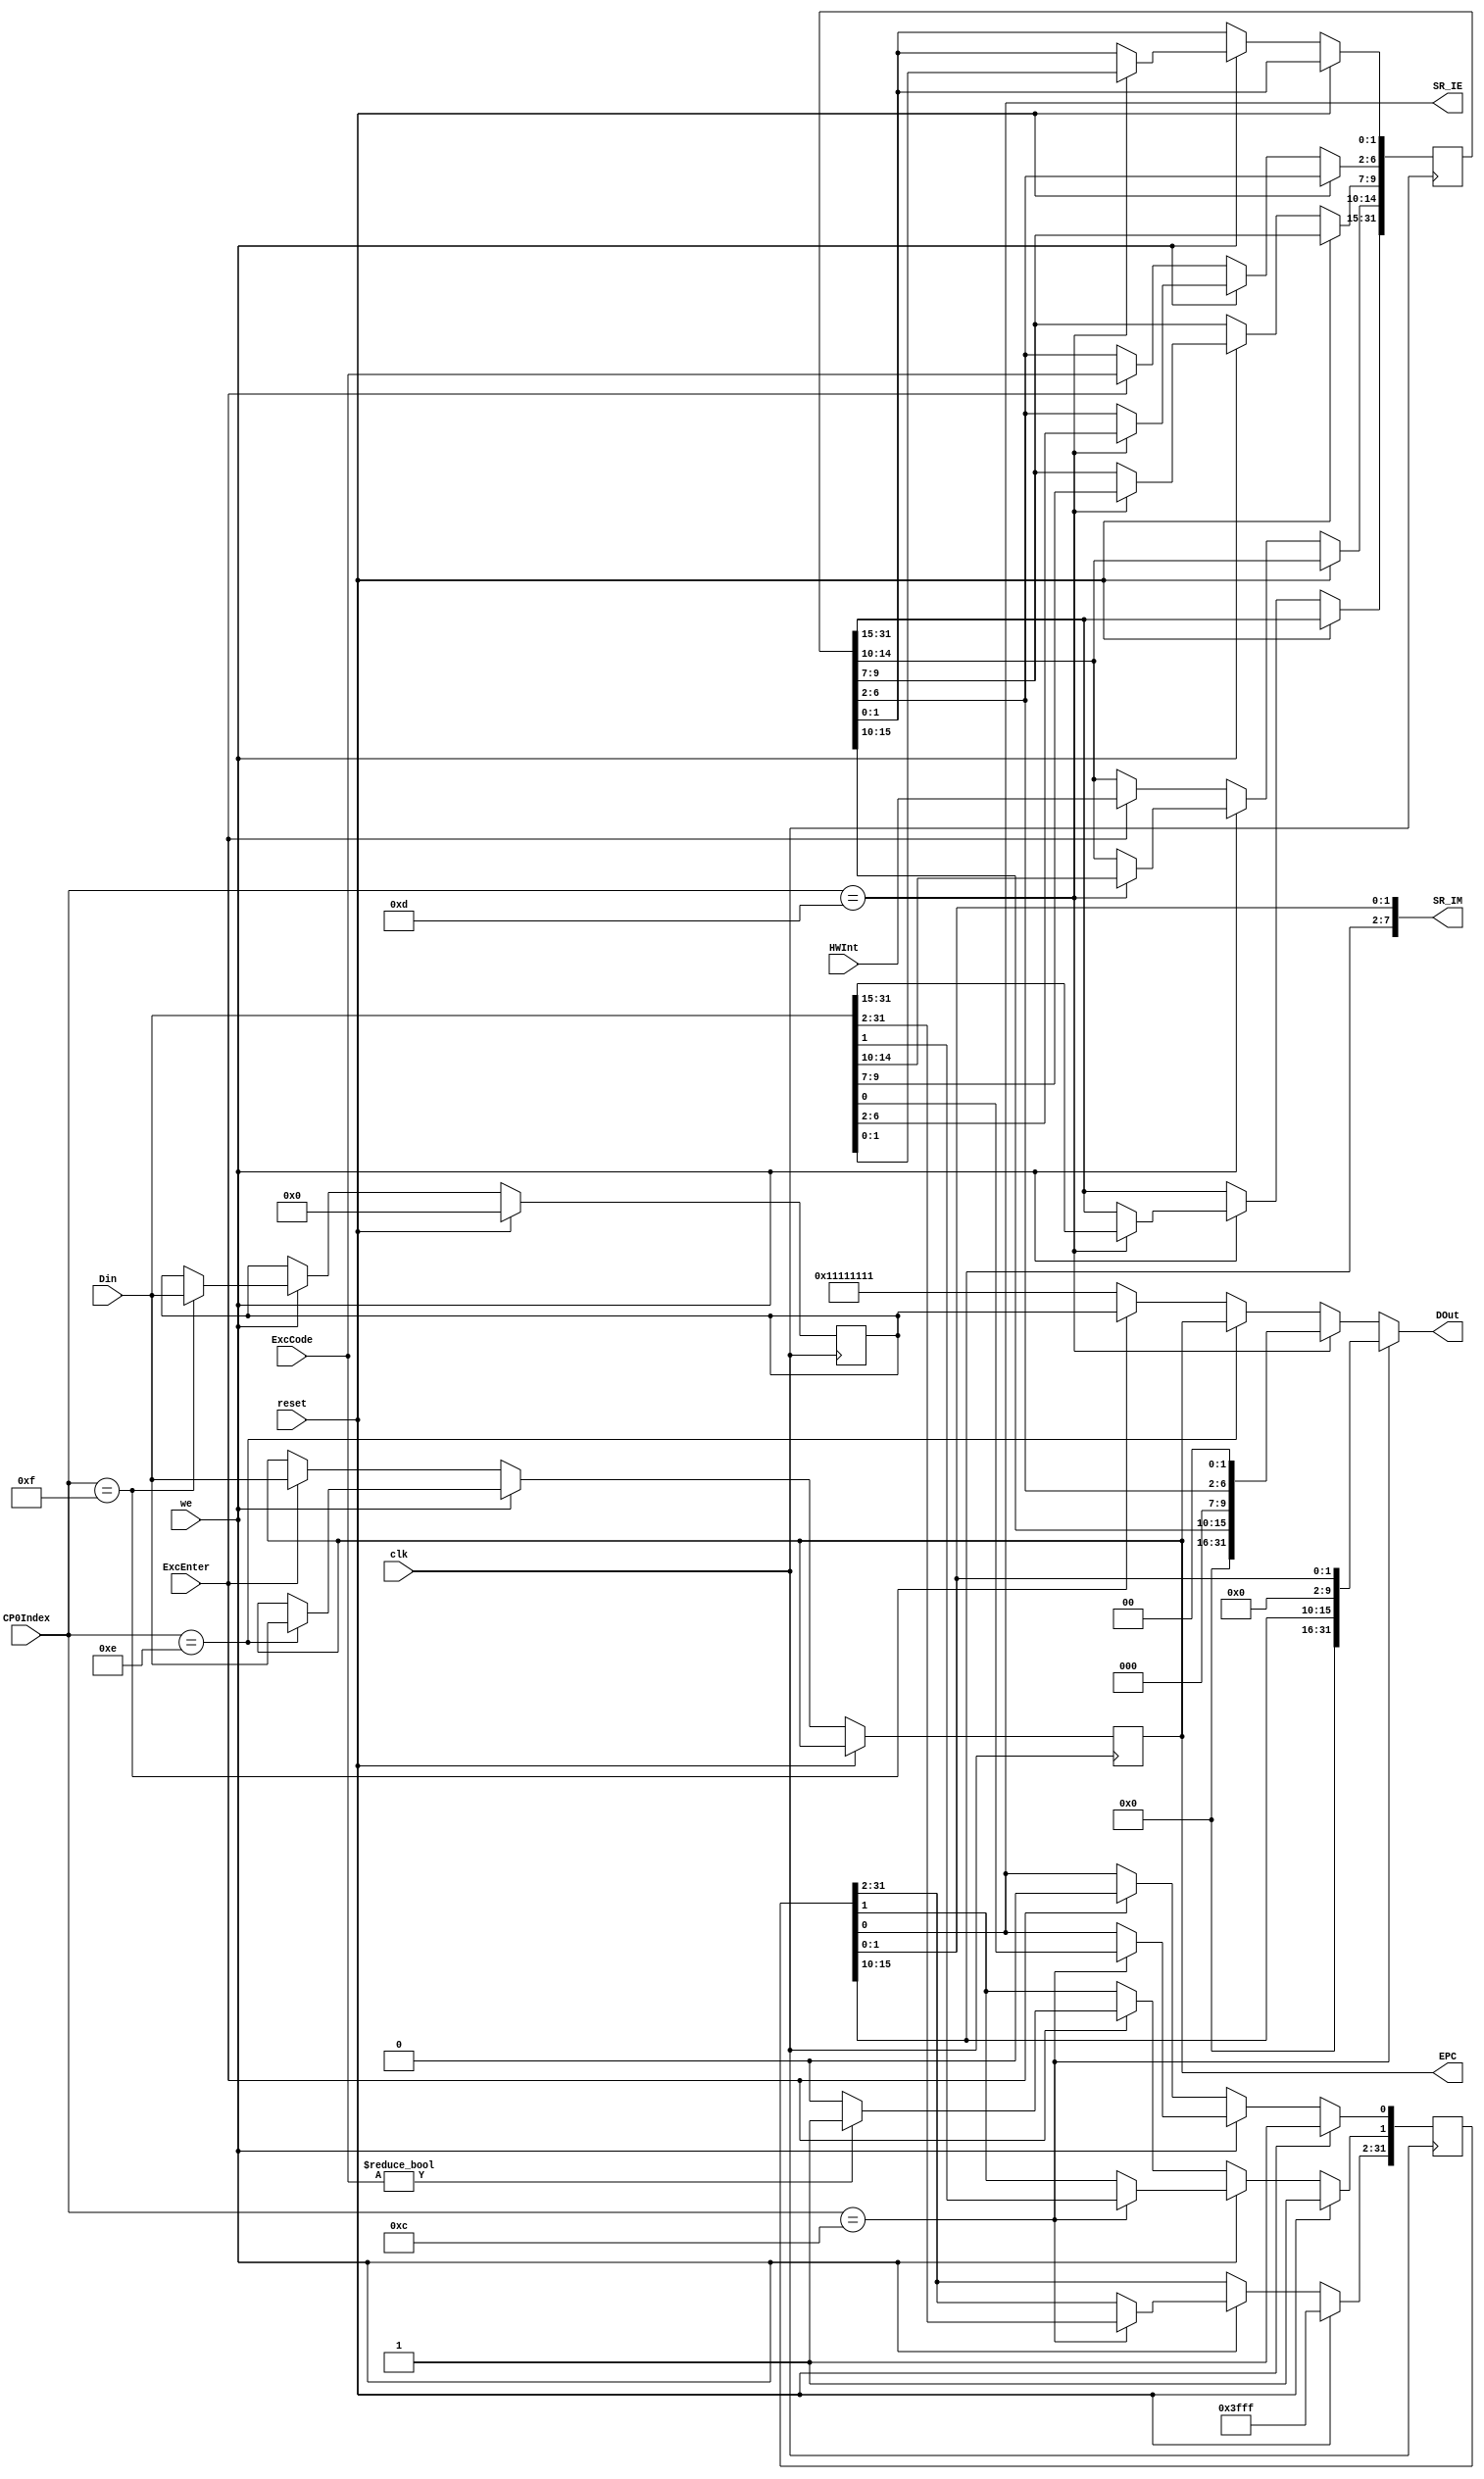
module CP0(input clk,reset,we,ExcEnter,input [31:0] Din,input [4:0] CP0Index,ExcCode,HWInt,
          output [31:0] DOut,EPC,output [7:0] SR_IM,output SR_IE);
reg [31:0] SR,cause,EPCreg,PRId;
assign SR_IM={SR[15:10] ,SR[1],SR[0]}; //hardware shelter bits
assign SR_IE=SR[0];    
assign EPC=EPCreg;
assign DOut=(CP0Index==5'b01100)?{16'h0000,SR[15:10],8'b00000000,SR[1:0]}:
            (CP0Index==5'b01101)?{16'h0000,cause[15:10],3'b000,cause[6:2],2'b00}:
            (CP0Index==5'b01110)?EPC:
            (CP0Index==5'b01111)?PRId:32'h11111111;
always @(posedge clk)
if(reset)
  begin
  PRId<=32'h00000000;
  SR<=32'h0000ffff;
  end
else
  if(we)  //mtc0
    case(CP0Index)
      5'b01100: SR<=Din;
      5'b01101: cause<=Din;
      5'b01110: EPCreg<=Din;
      5'b01111: PRId<=Din;
    endcase
  else if(ExcEnter)
    begin
      cause[6:2]<=ExcCode;//save 
      SR[0]<=0;//IE = 0 
       if(ExcCode!=5'd0) SR[1]<=1;//EXL = 1
         else SR[1]<=0;//EXL = 0 
      cause[14:10]<=HWInt;//save pending breakcodes/
      EPCreg<=Din;           //savepc
    end
    
       
   

endmodule